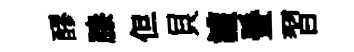
醪膝但貝讙蜑習